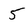
Character: 5